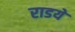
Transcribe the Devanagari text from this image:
राडये